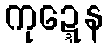
ကုဍ္ဍေန